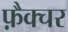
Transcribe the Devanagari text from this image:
फ़ैक्चर